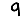
Digit: 9